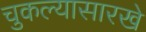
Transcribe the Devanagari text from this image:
चुकल्यासारखे